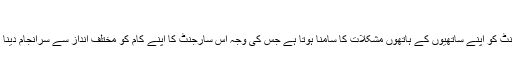
دی ہرٹ لاکر، 2009 (The Hurt Locker)
امریکا کی عراق جنگ کے دوران بم اسکواڈ سے حال میں جڑنے والے ایک سارجنٹ کو اپنے ساتھیوں کے ہاتھوں مشکلات کا سامنا ہوتا ہے جس کی وجہ اس سارجنٹ کا اپنے کام کو مختلف انداز سے سرانجام دینا ہوتا ہے، جرمی رنر اور انتھونی میکی اس کے مرکزی کرداروں میں شامل تھے۔